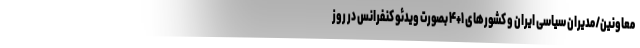
معاونین/مدیران سیاسی ایران و کشورهای ۱+۴ بصورت ویدئو کنفرانس در روز